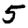
Digit: 5